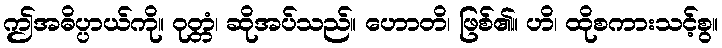
ဤအဓိပ္ပာယ်ကို။ ဝုတ္တံ၊ ဆိုအပ်သည်။ ဟောတိ၊ ဖြစ်၏။ ဟိ၊ ထိုစကားသင့်စွ။